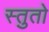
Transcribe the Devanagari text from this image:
स्तुतो